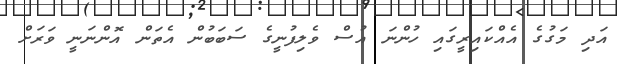
އަދި މަގުގެ އެއްކައިރީގައި ހުންނަ އުސް ވެލިފުނީގެ ސަބަބުން އެތަން އޮންނަނީ ވަރަށް